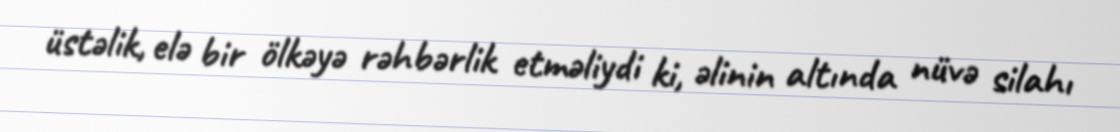
üstəlik, elə bir ölkəyə rəhbərlik etməliydi ki, əlinin altında nüvə silahı